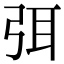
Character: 弭